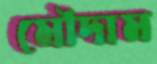
মৌদাম